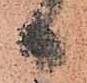
日